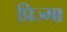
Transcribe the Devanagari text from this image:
प्रिज्मा